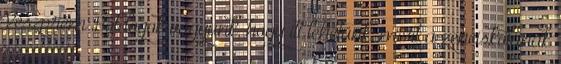
Veszprém Boldogok vagyunk, hogy itt lehetünk, mert a zeneiskolának